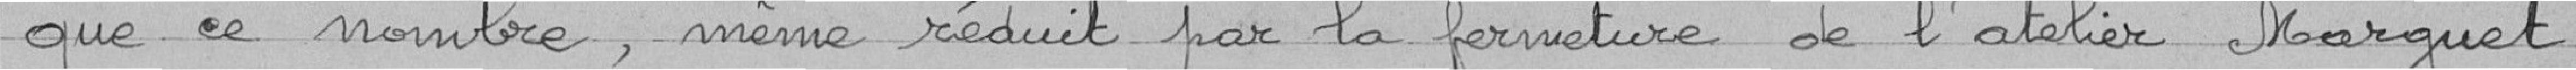
que ce nombre, même réduit par la fermeture de l'atelier Marguet,